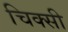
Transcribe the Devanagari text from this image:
चिक्सी